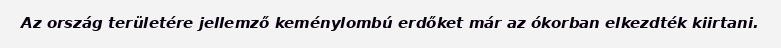
Az ország területére jellemző keménylombú erdőket már az ókorban elkezdték kiirtani.